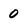
Character: 0